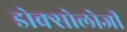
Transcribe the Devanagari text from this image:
डोक्सोलोजी